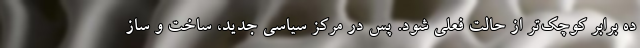
ده برابر کوچک‌تر از حالت فعلی شود. پس در مركز سياسي جديد، ساخت و ساز